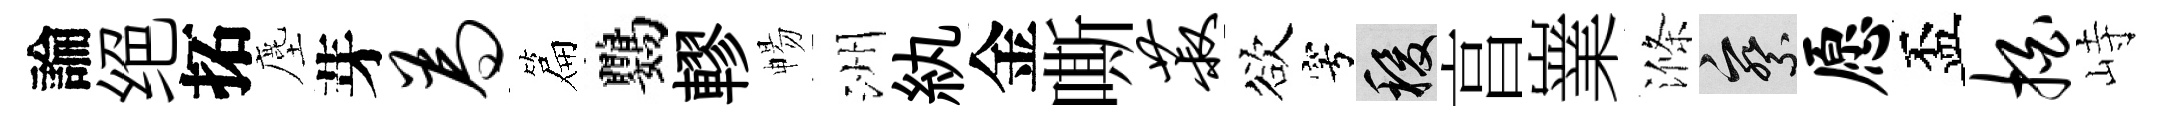
論绝拓塵芽为篇鸚轇暢洲紈金嘶菽欲穹稷亯嶪滌察愿盃拍峙